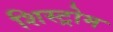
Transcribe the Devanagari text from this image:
शिस्ट्रोम